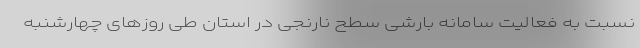
نسبت به فعالیت سامانه بارشی سطح نارنجی در استان طی روزهای چهارشنبه